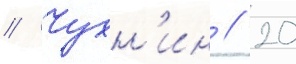
// Чухн'ин // 20